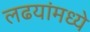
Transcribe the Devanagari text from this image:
लढयांमध्ये